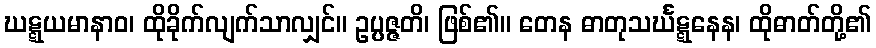
ဃဋ္ဋယမာနာဝ၊ ထိုခိုက်လျက်သာလျှင်။ ဥပ္ပဇ္ဇတိ၊ ဖြစ်၏။ တေန ဓာတုသင်္ဃဋ္ဋနေန၊ ထိုဓာတ်တို့၏